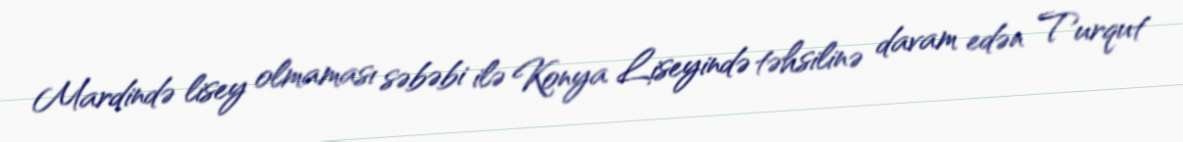
Mardində lisey olmaması səbəbi ilə Konya Liseyində təhsilinə davam edən Turqut